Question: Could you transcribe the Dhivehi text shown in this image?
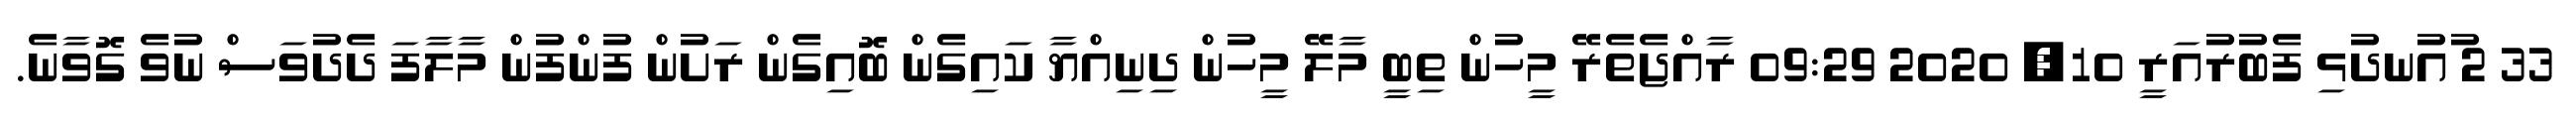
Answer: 33 2 ުއުނދުޅި ފެބުރުއަރީ 10, 2020 09:29 ރާއްޖެތެރޭ މީހުން ތިބީ މާލޭ މީހުން ދިނިއްޔާ ކައިގެން ބޮއިގެން ރަށުން ފުންފުން މާލާފަ ދެދުވަސް ނުވެ ގޮވާނެ.